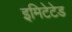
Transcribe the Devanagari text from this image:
इमिटेटेड